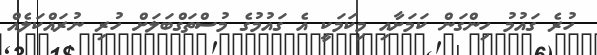
ހުރެ ގައުމު ހިންގަން ކަމަށާއި މިކަމަކީ އެ ގައުމުގެ މުސްތަގްބަލަށް ހުރި ނުރައްކަލެއް